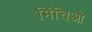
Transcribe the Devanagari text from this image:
मिंचिओ